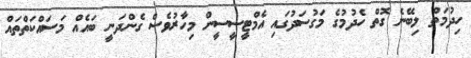
ހިދުމަތް ލިބޭނެ ގޮތް ހެދުމުގެ މަގުސަދުގައި އެމްޓީސީސީން މިހާރުވެސް ގެންދަނީ ބައެއް މަސައްކަތްތައް